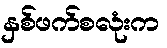
နှစ်ဖက်စလုံးက